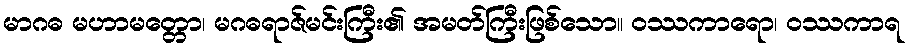
မာဂဓ မဟာမတ္တော၊ မဂဓရာဇ်မင်းကြီး၏ အမတ်ကြီးဖြစ်သော။ ဝဿကာရော၊ ဝဿကာရ